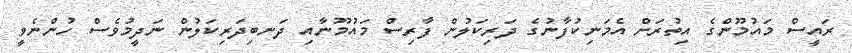
ރައީސް މައުމޫންގެ އިތުރަށް އެމަނިކުފާނުގެ ދަރިކަލުން ފާރިސް މައުމޫނާއި ދަނބިދަރިކަލުން ނަދީމުވެސް ހުންނެވީ